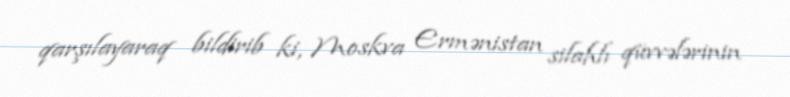
qarşılayaraq bildirib ki, Moskva Ermənistan silahlı qüvvələrinin